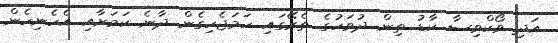
އަދި ވޯކްވިސާ ކާޑު ތިން ދުވަހުގެ ތެރޭގައި ހަމަޖެހިގެން ދާނެ ކަމަށާއި އެހެނިހެން